Report of the King Institute of Preventive Medicine, Guindy
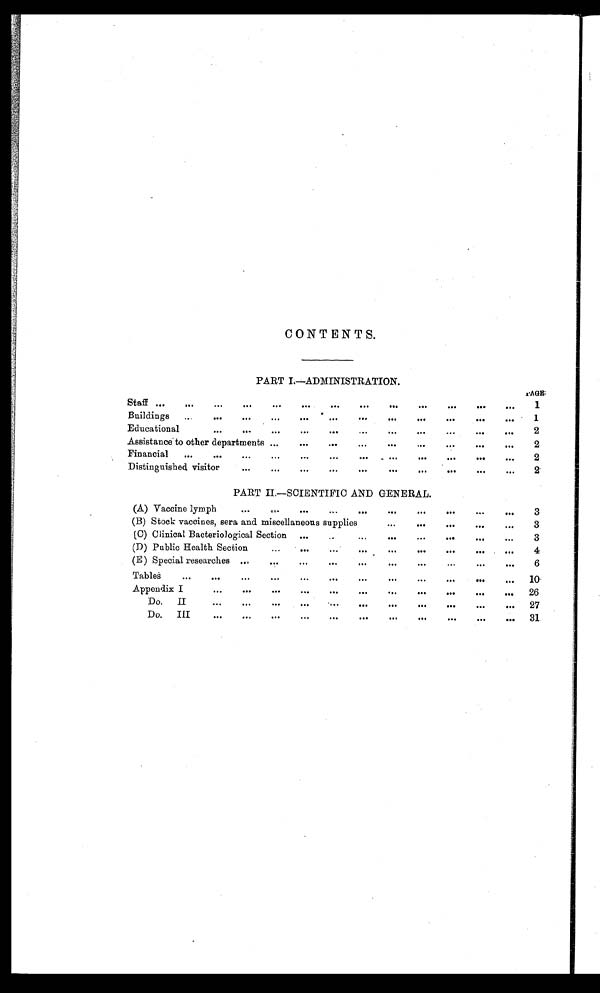
CONTENTS.
PART I.—ADMINISTRATION.
Staff . . .
P A G E
1
Buildings . . .
1
Educational . . .
2
Assistance to other departments . . .
2
Financial . . .
2
Distinguished visitor . . .
2
PART II.—SCIENTIFIC AND GENERAL.
(A)
Vaccine
lymph
.
.
.
3
(B) Stock vaccines, sera and miscellaneous supplies . . .
3
( C ) C l i n i c a l B a c t e r i o l o g i c a l S e c t i o n . . .
3
(D) Public Health Section . . .
4
(E)
Special
researches
.
.
.
6
T a b l e s . . .
10
Appendix
I
.
.
.
26
Do.
II
.
.
.
27
D o . I I I . . .
31